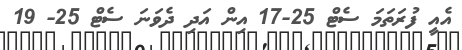
އެއީ ފުރަތަމަ ސެޓް 25-17 އިން އަދި ދެވަނަ ސެޓް 25- 19